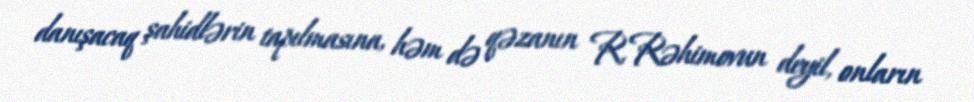
danışacaq şahidlərin tapılmasına, həm də qəzanın R.Rəhimovun deyil, onların